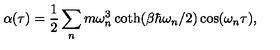
\alpha ( \tau ) = \frac { 1 } { 2 } \sum _ { n } m \omega _ { n } ^ { 3 } \coth ( \beta \hbar \omega _ { n } / 2 ) \cos ( \omega _ { n } \tau ) ,